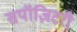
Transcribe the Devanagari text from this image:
सपॉज़िटरी